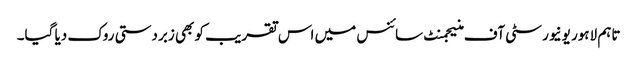
تاہم لاہور یونیورسٹی آف منیجمنٹ سائنس میں اس تقریب کو بھی زبردستی روک دیا گیا۔